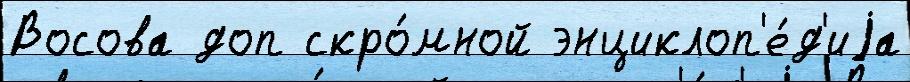
Восова доп скро́мной энциклоп'е́д'иjа